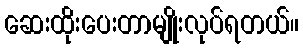
ဆေးထိုးပေးတာမျိုးလုပ်ရတယ်။